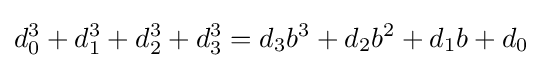
d_{0}^{3}+d_{1}^{3}+d_{2}^{3}+d_{3}^{3}=d_{3}b^{3}+d_{2}b^{2}+d_{1}b+d_{0}